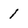
Character: 1